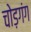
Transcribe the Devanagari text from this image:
चोड़गंग